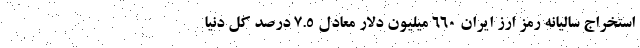
استخراج سالیانه رمز ارز ایران ۶۶۰ میلیون دلار معادل ۷.۵ درصد کل دنیا